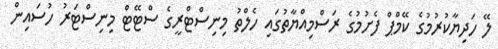
ލޭ ހަދިޔާކުރުމުގެ ކޭމްޕް ފެށުމުގެ ރަސްމިއްޔާތުގައި ހެލްތު މިނިސްޓްރީގެ ސްޓޭޓް މިނިސްޓަރު ހުސައިން